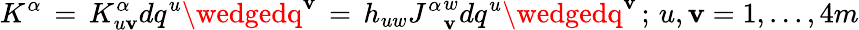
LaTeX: K^{\alpha}\, =\, K_{u\mathbf{v}}^{\alpha}dq^{u}\wedgedq^{\mathbf{v}}\, =\, h_{uw}{J^{\alpha}}_{\mathbf{v}}^{w}dq^{u}\wedgedq^{\mathbf{v}}\, ;\, u,\mathbf{v}=1,...,4m